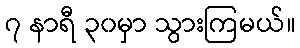
၇ နာရီ ၃၀မှာ သွားကြမယ်။